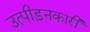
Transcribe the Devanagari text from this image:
उत्पीड़नकारी